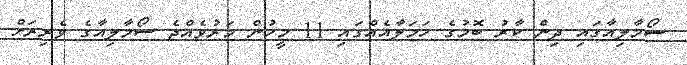
ސޯމާލިއާގައި ދިން ކާރު ބޮމުގެ ހަމަލާއެއްގައި 11 މީހުން މަރުވެއްޖެ ސޯމާލިއާގެ ވެރިރަށް